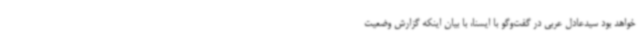
خواهد بود سیدعادل عربی در گفت‌وگو با ایسنا، با بیان اینکه گزارش وضعیت